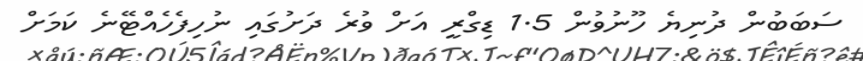
ސަބަބުން ދުނިޔެ ހޫނުވުން 1.5 ޑިގްރީ އަށް ވުރެ ދަށުގައި ނުހިފެހެއްޓޭނެ ކަމަށް